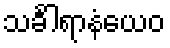
သင်္ခါရာနံယေဝ